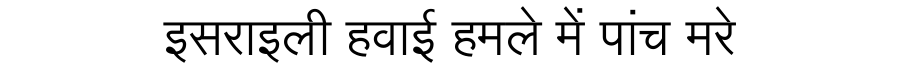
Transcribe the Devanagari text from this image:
इसराइली हवाई हमले में पांच मरे